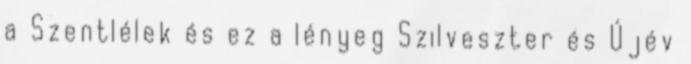
a Szentlélek és ez a lényeg Szilveszter és Újév